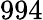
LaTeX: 994